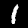
Label: 1